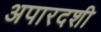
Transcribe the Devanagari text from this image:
अपारदशी